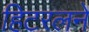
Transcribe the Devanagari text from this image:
हिटरलने